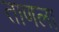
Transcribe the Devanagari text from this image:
ताणला